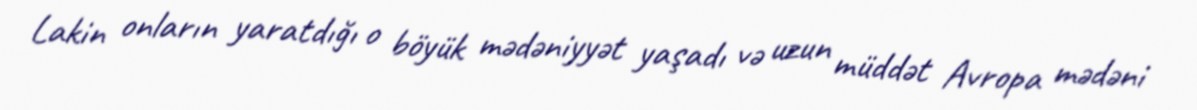
Lakin onların yaratdığı o böyük mədəniyyət yaşadı və uzun müddət Avropa mədəni